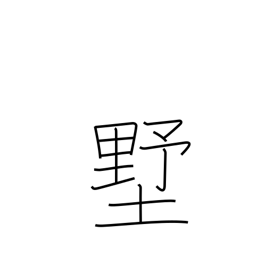
Meaning: shed